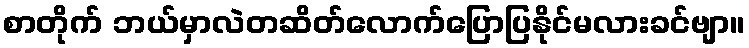
စာတိုက် ဘယ်မှာလဲတဆိတ်လောက်ပြောပြနိုင်မလားခင်ဗျာ။